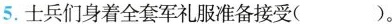
5.士兵们身着全套军礼服准备接受( )。